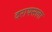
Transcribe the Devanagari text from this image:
दरायसला